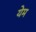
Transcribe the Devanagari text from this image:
येम